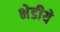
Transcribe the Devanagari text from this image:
भेडीये